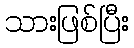
သားဖြစ်ပြီး